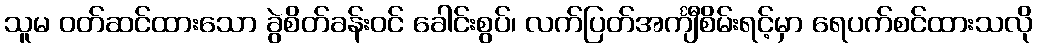
သူမ ဝတ်ဆင်ထားသော ခွဲစိတ်ခန်းဝင် ခေါင်းစွပ်၊ လက်ပြတ်အင်္ကျီစိမ်းရင့်မှာ ရေပက်စင်ထားသလို